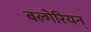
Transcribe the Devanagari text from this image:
बल्गेरियन्